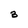
Character: 3